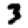
Digit: 3